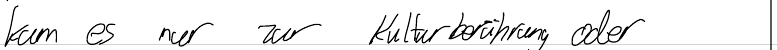
kam es nur zur Kulturberührung oder